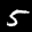
Label: 5